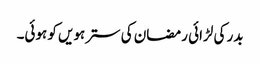
بدر کی لڑائی رمضان کی سترہویں کو ہوئی۔